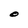
Character: O